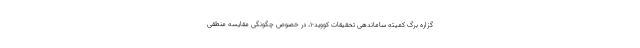
گزاره برگ کمیته ساماندهی تحقیقات کووید-۱، در خصوص چگونگی مقایسه منطقی